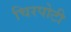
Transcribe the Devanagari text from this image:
चिरपोटी